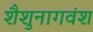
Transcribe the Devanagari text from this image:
शैशुनागवंश